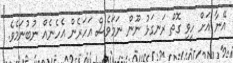
އޭނާ އަށް ހީވި ގޮތް ރަނގަޅު ނޫން ނަމަވެސް އަހަރެން އެހެނެއް ނުބުނަމެވެ.